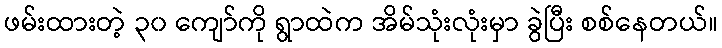
ဖမ်းထားတဲ့ ၃၀ ကျော်ကို ရွာထဲက အိမ်သုံးလုံးမှာ ခွဲပြီး စစ်နေတယ်။